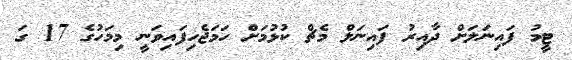
ޓީމު ފައިނަލަށް ދާއިރު ފައިނަލް މެޗް ކުޅުމަށް ހަމަޖެހިފައިވަނީ މިމަހުގެ 17 ގަ